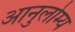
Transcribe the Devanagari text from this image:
आनुलोम्य